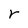
Character: r